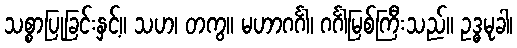
သစ္စာပြုခြင်းနှင့်။ သဟ၊ တကွ။ မဟာဂင်္ဂါ၊ ဂင်္ဂါမြစ်ကြီးသည်။ ဥဒ္ဓမုခါ၊